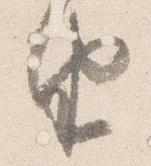
由